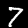
Digit: 7